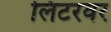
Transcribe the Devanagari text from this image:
लिटरवर